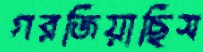
গরজিয়াছিস